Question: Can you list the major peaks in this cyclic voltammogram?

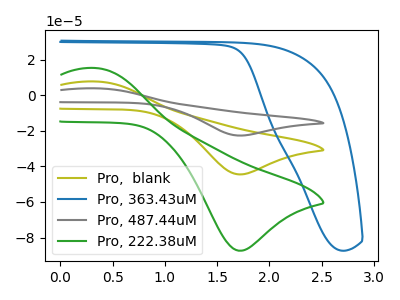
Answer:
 <answer>The olive curve "Pro,  blank" has an anodic peak at (0.35V, 7.80uA) and a cathodic peak at (1.70V, -44.50uA). The blue curve "Pro, 363.43uM" has no peaks. The gray curve "Pro, 487.44uM" has an anodic peak at (0.35V, 15.65uA) and a cathodic peak at (1.70V, -88.95uA). The green curve "Pro, 222.38uM" has an anodic peak at (0.35V, 15.40uA) and a cathodic peak at (1.70V, -87.45uA).</answer>
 <eval></eval>